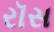
રૉસ